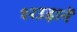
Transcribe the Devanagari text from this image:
१२उड़ानें